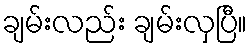
ချမ်းလည်း ချမ်းလှပြီ။